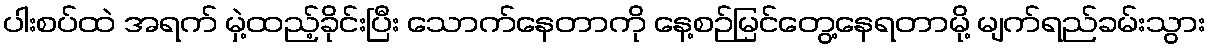
ပါးစပ်ထဲ အရက် မှဲ့ထည့်ခိုင်းပြီး သောက်နေတာကို နေ့စဉ်မြင်တွေ့နေရတာမို့ မျက်ရည်ခမ်းသွား